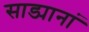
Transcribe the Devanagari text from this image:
साड्यानां